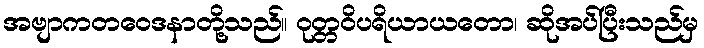
အဗျာကတဝေဒနာတို့သည်။ ဝုတ္တဝိပရိယာယတော၊ ဆိုအပ်ပြီးသည်မှ